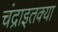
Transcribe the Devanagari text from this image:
चंद्राइतक्या